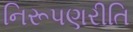
નિરૂપણરીતિ